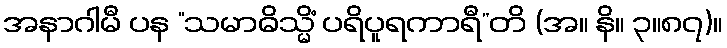
အနာဂါမီ ပန “သမာဓိသ္မိံ ပရိပူရကာရီ”တိ (အ။ နိ။ ၃။၈၇)။